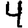
Digit: 4